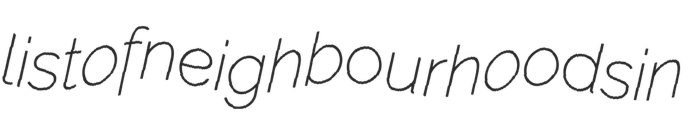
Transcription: list of neighbourhoods in